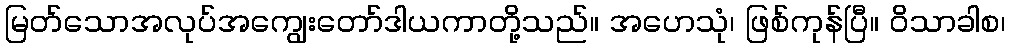
မြတ်သောအလုပ်အကျွေးတော်ဒါယကာတို့သည်။ အဟေသုံ၊ ဖြစ်ကုန်ပြီ။ ဝိသာခါစ၊